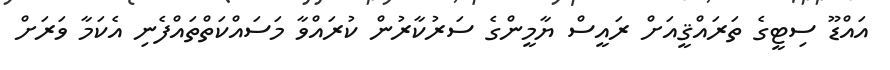
އައްޑޫ ސިޓީގެ ތަރައްޤީއަށް ރައީސް ޔާމީންގެ ސަރުކާރުން ކުރައްވާ މަސައްކަތްތައްފެނި އެކަމާ ވަރަށް